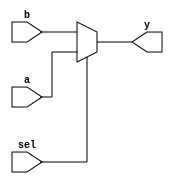
// Code your design here


module mux_21(input a,b,sel,
              output y);
  
  assign y = sel ? a : b ;
  
endmodule

module mux_41(input y1,y2,y3,y4,s0,s1,
              output y);
  
  wire out1,out2;
  
  mux_21 dut1(.a(y1),.b(y2),.sel(s0),.y(out1));
  
  mux_21 dut2(.a(y3),.b(y4),.sel(s0),.y(out2));
  
  mux_21 dut3(.a(out1),.b(out2),.sel(s1),.y(y));
  
endmodule

// Code your testbench here
// or browse Examples



module mux_41_tb;
  
  reg y1,y2,y3,y4,s0,s1;
  wire y;
  
  mux_41 dut(y1,y2,y3,y4,s0,s1,y);
  
  initial begin
    
    
    $monitor("time = %0t | y1 = %b | y2 = %b | y3 = %b |y4 = %b |s0 = %b | s1 = %b | y =%b",$time,y1,y2,y3,y4,s0,s1,y);
    y1 = 0; y2 = 0; y3 = 0; y4 = 0; s0=0; s1=0; #10;
    
    y1 = 0; y2 = 1; y3 = 0; y4 = 0; s0=0; s1=1; #10;
    
    y1 = 1; y2 = 0; y3 = 0; y4 = 0; s0=1; s1=0; #10;
    
    y1 = 0; y2 = 1; y3 = 0; y4 = 0; s0=1; s1=1; #10;
    
    end
  initial begin
    $dumpfile("mux_41.vcd");
    $dumpvars(0,mux_41_tb);
  end
    
    
   
endmodule